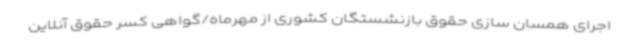
اجرای همسان سازی حقوق بازنشستگان کشوری از مهرماه/گواهی کسر حقوق آنلاین